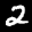
Label: 2